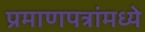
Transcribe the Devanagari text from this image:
प्रमाणपत्रांमध्ये